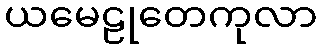
ယမေဠုတေကုလာ